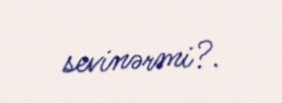
sevinərmi?.